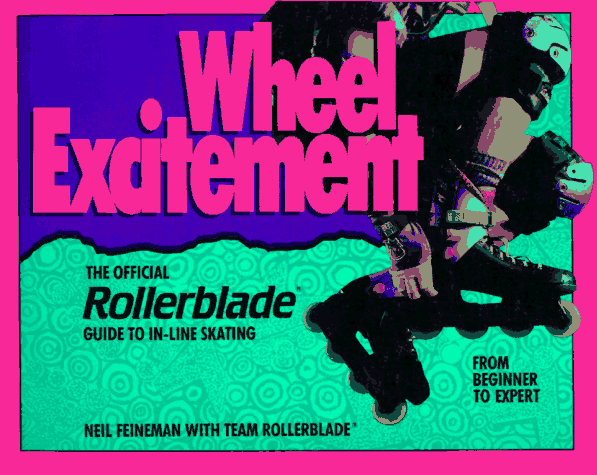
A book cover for Wheel Excitement: Revised And Updated/the Official Rollerblade(r) Guide To In-Line Skating; Neil Feineman; Sports & Outdoors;